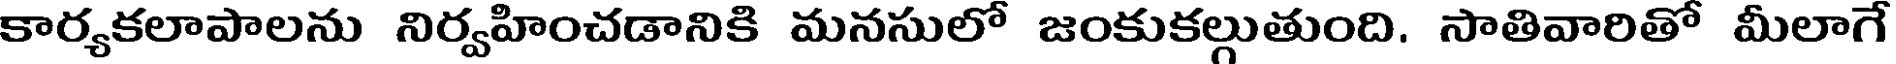
కార్యకలాపాలను నిర్వహించడానికి మనసులో జంకుకల్గుతుంది. సాతివారితో మీలాగే